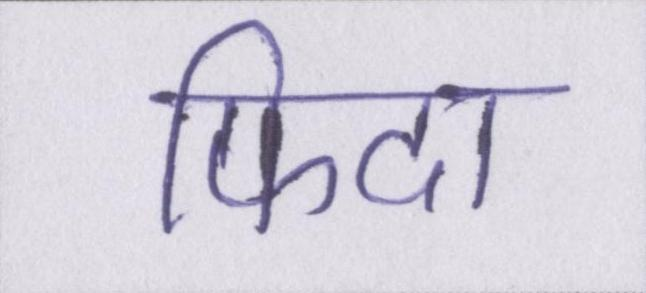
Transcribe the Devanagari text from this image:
फिदा